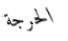
الحرجة